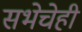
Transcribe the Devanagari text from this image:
सभेचेही